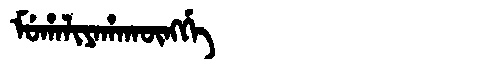
Manchu: ᠮᡠᡥᠠᠯᡳᠶᠠᡥᠠᡴᡡᠩᡤᡝ
Romanization: MUHALIYAHAKŪNGGE